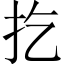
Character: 扢